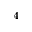
^ { 4 }